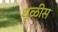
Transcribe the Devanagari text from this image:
धूळीस